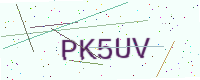
Text: PK5UV